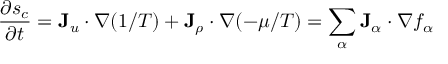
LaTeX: { \frac { \partial s _ { c } } { \partial t } } = \mathbf { J } _ { u } \cdot \nabla ( 1 / T ) + \mathbf { J } _ { \rho } \cdot \nabla ( - \mu / T ) = \sum _ { \alpha } \mathbf { J } _ { \alpha } \cdot \nabla f _ { \alpha }